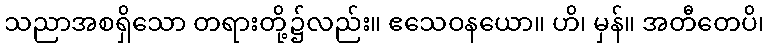
သညာအစရှိသော တရားတို့၌လည်း။ ဧသေဝနယော။ ဟိ၊ မှန်။ အတီတေပိ၊